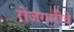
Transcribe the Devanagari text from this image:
रोजगारीचे